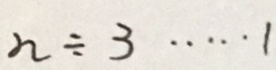
n \div 3 \cdots 1